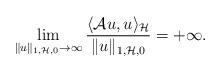
LaTeX: \begin{align*}\lim_{\|u\|_{1,\mathcal{H},0}\to \infty} \frac{\langle \mathcal{A}u, u\rangle_{\mathcal{H}}}{\|u\|_{1,\mathcal{H},0}}=+\infty. \end{align*}